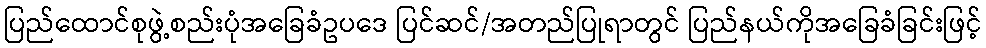
ပြည်ထောင်စုဖွဲ့စည်းပုံအခြေခံဥပဒေ ပြင်ဆင်/အတည်ပြုရာတွင် ပြည်နယ်ကိုအခြေခံခြင်းဖြင့်